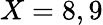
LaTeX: X=8,9